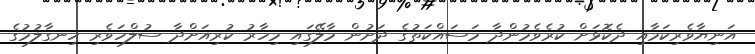
އަނިޔާވެރިކަމާއި ދެކޮޅަށް ކުރެވެމުންދާ މަސައްކަތުގެ ދަށުން މާލޭގައި މިހާރު ކުރިއަށްދާ ސުލްހަވެރި ހިނގާލުމުގެ